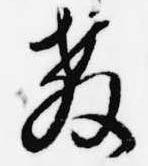
教